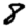
Digit: 8